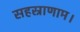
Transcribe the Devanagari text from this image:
सहस्राणाम।